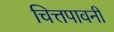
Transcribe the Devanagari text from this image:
चित्तपावनी